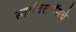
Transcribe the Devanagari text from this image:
स्तानिस्लॉसचे